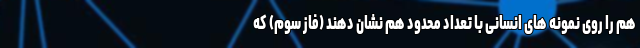
هم را روی نمونه های انسانی با تعداد محدود هم نشان دهند (فاز سوم) که